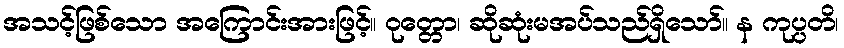
အသင့်ဖြစ်သော အကြောင်းအားဖြင့်။ ဝုတ္တော၊ ဆိုဆုံးမအပ်သည်ရှိသော်။ န ကုပ္ပတိ၊